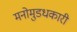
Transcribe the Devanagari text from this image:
मनोमुडधकारी